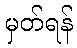
မှတ်ရန်